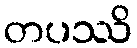
တပဿိ